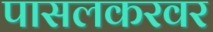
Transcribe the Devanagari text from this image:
पासलकरवर